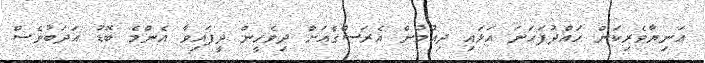
އަނިޔާވެރިކަން ހައްދުފަހަނަ އަޅައި ދިއުމުން އެރަސްގެއަށް ދިވެހީން ދީފައިވާ އެންމެ ބޮޑު އަދަބުވެސް